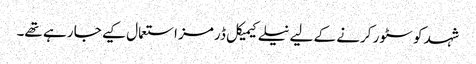
شہد کو سٹور کرنے کے لیے نیلے کیمیکل ڈرمز استعمال کیے جا رہے تھے۔